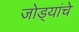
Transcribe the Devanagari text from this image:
जोड्यांचे